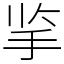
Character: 㧛